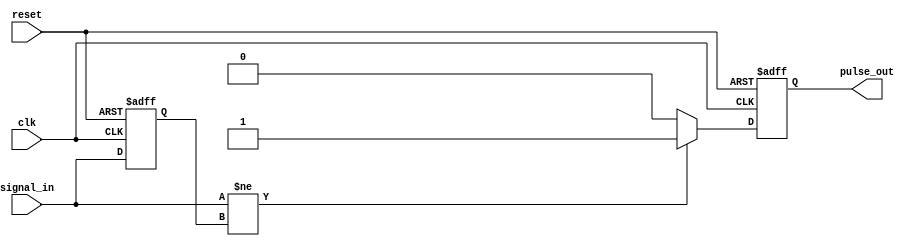
module pulse_edge_detector (
    input wire clk,            // Clock signal
    input wire reset,          // Asynchronous reset
    input wire signal_in,      // Input signal to detect edges
    output reg pulse_out       // Output pulse signal
);

    reg previous_state;        // Memory element to store the previous state of signal_in

    // Asynchronous reset and edge detection logic
    always @(posedge clk or posedge reset) begin
        if (reset) begin
            previous_state <= 1'b0; // Initialize previous state to 0 on reset
            pulse_out <= 1'b0;      // Initialize output pulse to 0 on reset
        end else begin
            // Edge detection logic
            if (signal_in != previous_state) begin
                pulse_out <= 1'b1;  // Set pulse_out high on edge detection
            end else begin
                pulse_out <= 1'b0;   // Reset pulse_out if no edge is detected
            end
            
            // Update previous state to current state
            previous_state <= signal_in;
        end
    end

endmodule